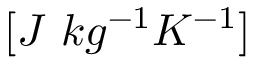
[ J \ k g ^ { - 1 } K ^ { - 1 } ]